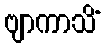
ဗျာကာသိံ